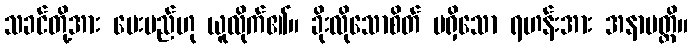
သခင်တို့အား ပေးမည်ဟု ယူလိုက်၏။ ခိုးလိုသောစိတ် မရှိသော ရဟန်းအား အနာပတ္တိ။